Jaan_Tonisson_(Lasteleht), lk 268
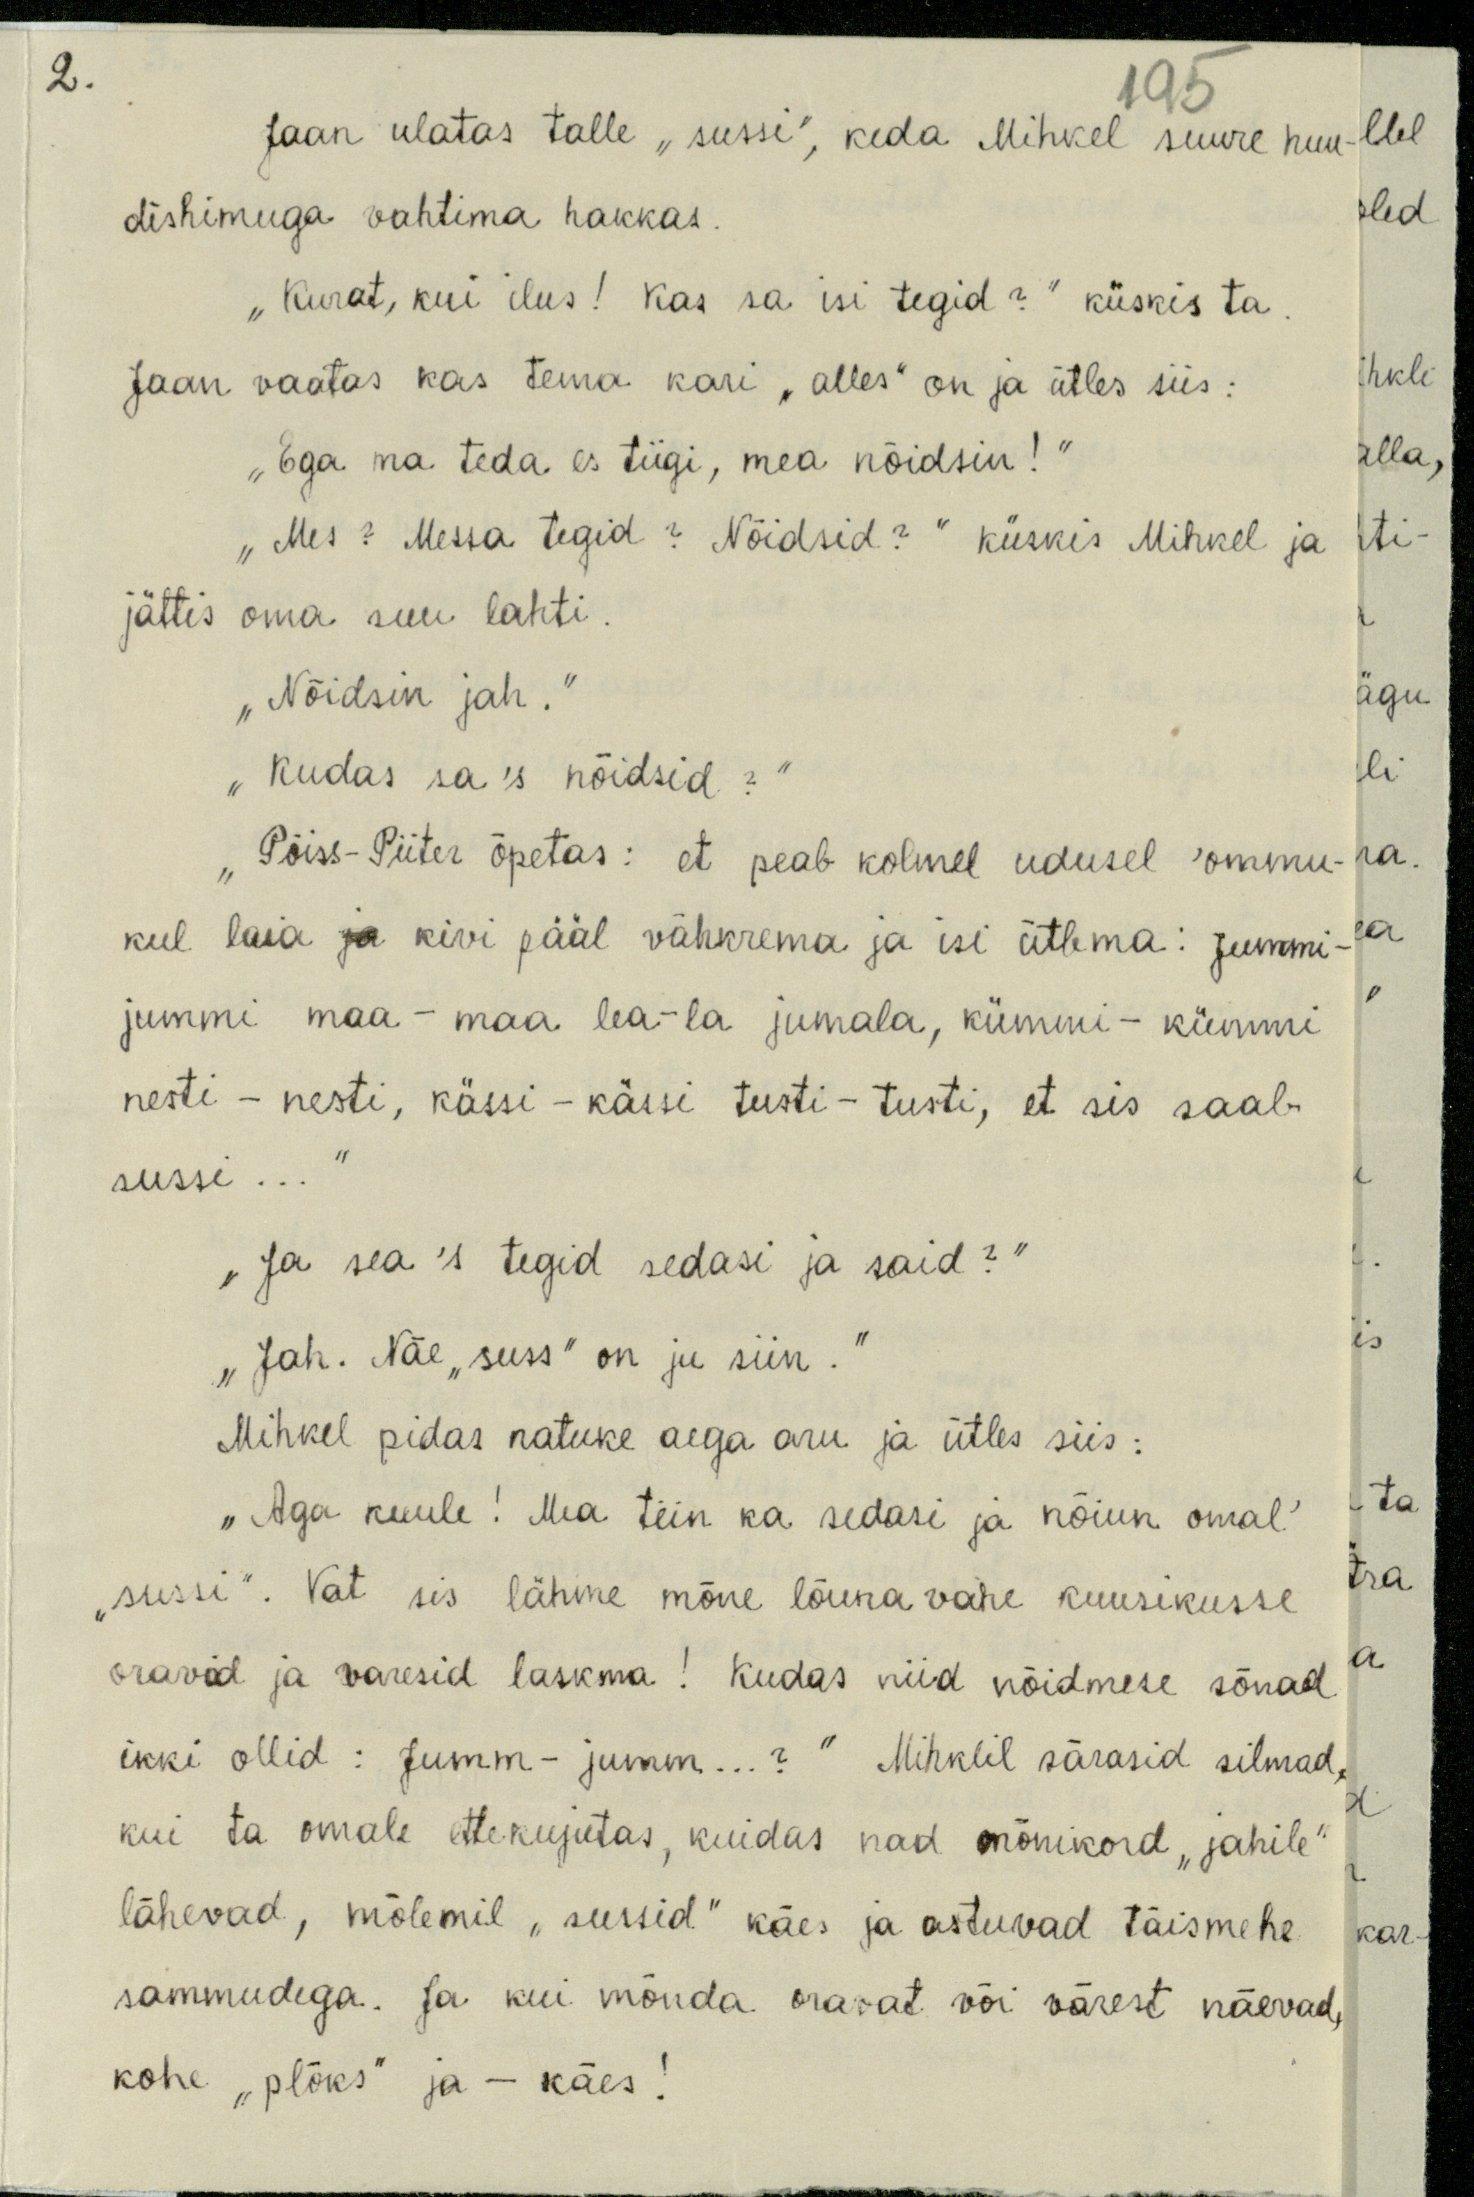
2.
195
Jaan ulatas talle "sussi", keda Mihkel suure huu-
dishimuga vahtima hakkas.
"Kurat, kui ilus! Kas sa isi tegid?“ küskis ta
Jaan vaatas kas tema kari "alles" on ja ütles siis:
„Ega ma teda es tiigi, mea nõidsin!“
„Mes? Messa tegid? Nõidsid?" küskis Mihkel ja
jättis oma suu lahti.
„Nõidsin jah.“
"Kudas sa's nõidsid?“
"Põiss-Piiter õpetas : et peab kolmel udusel 'ommu-
kul laia ja kivi pääl vähkrema ja isi ütlema: Jummi-
jummi maa-maa lea-la jumala, kümmi-kümmi
nesti-nesti, kässi-kässi tusti-tusti, et sis saab-
sussi...“
"Ja sea's tegid sedasi ja said?“
"Jah. Näe, "suss" on ju siin."
Mihkel pidas natuke aega aru ja ütles siis:
„Aga kuule! Mea tein ka sedasi ja nõiun omal'
"sussi". Vat siis lähme mõne lõuna vahe kuusikusse
oravid ja varesid laskma! Kudas niid nõidmese sõnad
ikki ollid: Jumm-jumm...? " Mihklil särasid silmad,
kui ta omale ettekujutas, kuidas nad mõnikord "jahile"
lähevad, mõlemil "sussid" käes ja astuvad täismehe
sammudega. Ja kui mõnda oravat või värest näevad,
kohe "plõks" ja - käes!